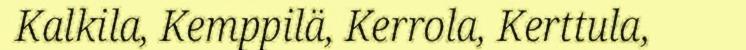
Kalkila, Kemppilä, Kerrola, Kerttula,